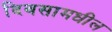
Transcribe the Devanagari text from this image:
दिवसामधील